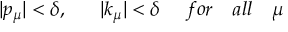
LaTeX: | p _ { \mu } | < \delta , \ \ \ \ \ | k _ { \mu } | < \delta \ \ \ \ f o r \ \ \ a l l \ \ \ \mu